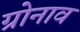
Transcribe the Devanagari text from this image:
ग्रोनाव